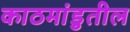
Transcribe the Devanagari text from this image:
काठमांडुतील